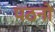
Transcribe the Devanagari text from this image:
पठनो